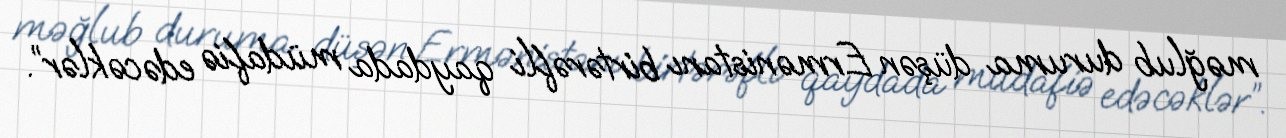
məğlub duruma düşən Ermənistanı birtərəfli qaydada müdafiə edəcəklər”.